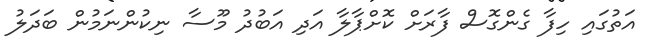
އަތުގައި ހިފާ ގެންގޮސް ފާރަށް ކޮށްޕާލާ އަދި އަބުދު މޫސާ ނިކުންނަމުން ބަދަލު